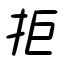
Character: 拒